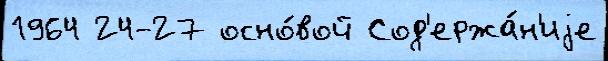
1964 24-27 осно́вой Сод'ержа́н'иjе